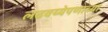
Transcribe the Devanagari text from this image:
लढवय्येपणाच्या